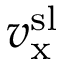
v _ { \mathrm { x } } ^ { \mathrm { s l } }